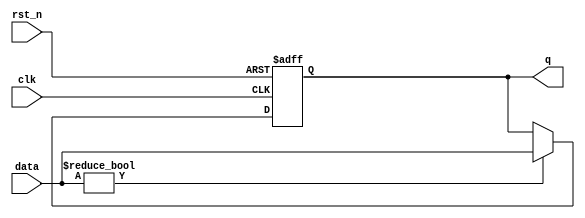
module simple_register (
    input wire clk,         // Clock input
    input wire rst_n,      // Active low reset
    input wire [7:0] data, // 8-bit input data
    output reg [7:0] q     // 8-bit output register
);

// Initialize the register
initial begin
    q = 8'b00000000; // Initial state
end

// Synchronous logic block with negative edge sensitivity
always @(negedge clk or negedge rst_n) begin
    if (!rst_n) begin
        // If reset is active, initialize output
        q <= 8'b00000000; // Reset state
    end else begin
        // Perform data storage on negative edge
        if (data != 8'b00000000) begin
            // Only update output if data is non-zero
            q <= data; // Update state with input data
        end
        // Additional conditional logic can be added here
    end
end

endmodule